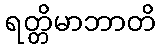
ရတ္တိမာဘာတိ